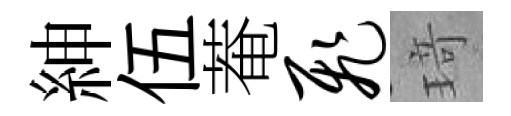
紳伍菴飞𤦺